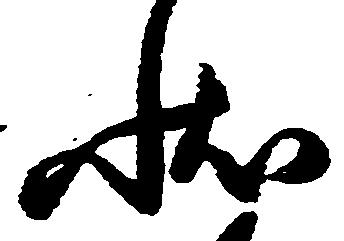
状